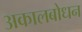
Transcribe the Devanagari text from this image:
अकालबोधन